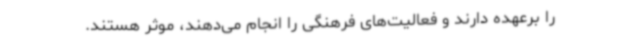
را برعهده دارند و فعالیت‌های فرهنگی را انجام می‌دهند، موثر هستند.